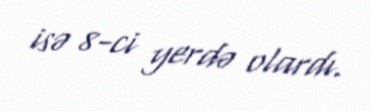
isə 8-ci yerdə olardı.